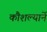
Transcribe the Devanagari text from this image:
कौशल्यानें